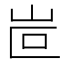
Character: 𡶆